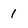
Character: 1